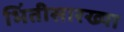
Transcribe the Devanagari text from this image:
भिंतीसारख्या